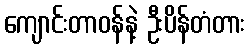
ကျောင်းတာဝန်နဲ့ ဦးပိန်တံတား